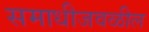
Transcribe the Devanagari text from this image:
समाधीजवळील